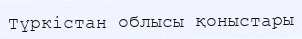
Түркістан облысы қоныстары